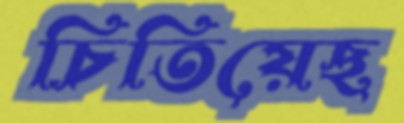
চিতিয়েছ